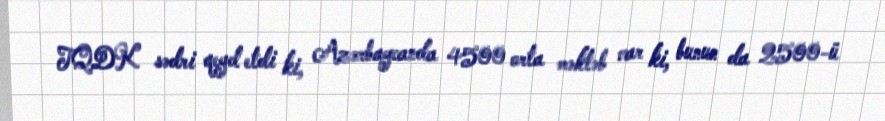
TQDK sədri qeyd etdi ki, Azərbaycanda 4500 orta məktəb var ki, bunun da 2500-ü